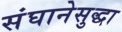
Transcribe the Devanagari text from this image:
संघानेसुद्धा